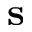
\mathbf s